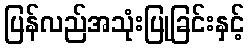
ပြန်လည်အသုံးပြုခြင်းနှင့်